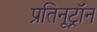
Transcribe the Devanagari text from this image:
प्रतिनूट्रॉन